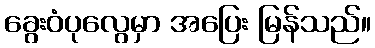
ခွေးဝံပုလွေမှာ အပြေး မြန်သည်။